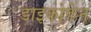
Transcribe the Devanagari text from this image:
डाइकोफेन